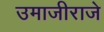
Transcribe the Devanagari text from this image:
उमाजीराजे